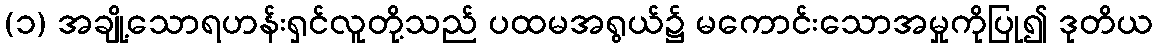
(၁) အချို့သောရဟန်းရှင်လူတို့သည် ပထမအရွယ်၌ မကောင်းသောအမှုကိုပြု၍ ဒုတိယ